Sanitation, dispensaries and jails vaccination Rajputana 1922-1927 - 1922-1927
Year: 1922
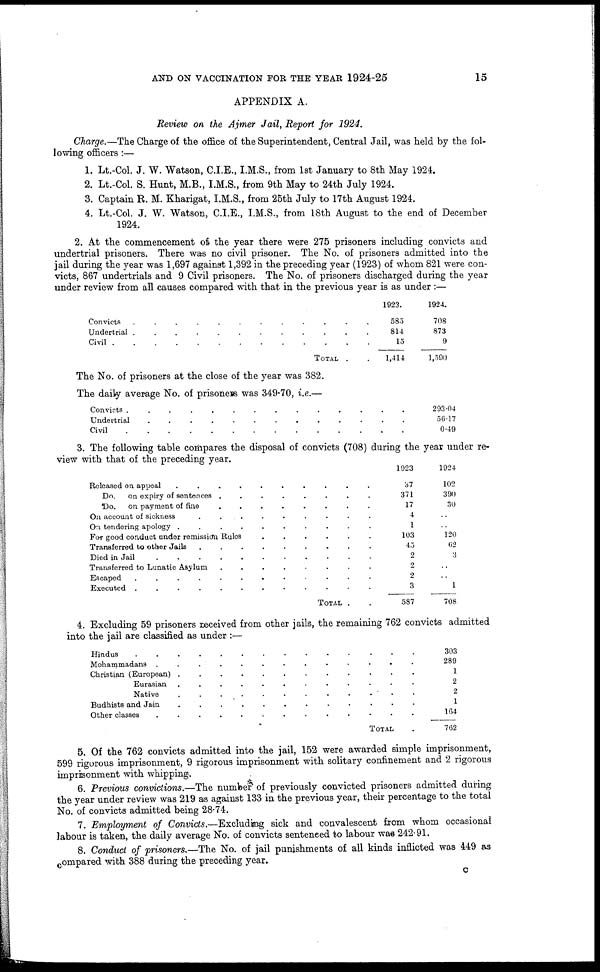
AND ON VACCINATION FOR THE YEAR 1924-25
15
APPENDIX A.
Review on the Ajmer Jail, Report for 1924.
Charge.—The Charge of the office of the Superintendent, Central Jail, was held by the fol-
lowing officers :—
1. Lt.-Col. J. W. Watson, C.I.E., I.M.S., from 1st January to 8th May 1924.
2. Lt.-Col. S. Hunt, M.B., I.M.S., from 9th May to 24th July 1924.
3. Captain R. M. Kharigat, I.M.S., from 25th July to 17th August 1924.
4. Lt.-Col. J. W. Watson, C.I.E., I.M.S., from 18th August to the end of December
1924.
2. At the commencement of the year there were 275 prisoners including convicts and
undertrial prisoners. There was no civil prisoner. The No. of prisoners admitted into the
jail during the year was 1,697 against 1,392 in the preceding year (1923) of whom 821 were con-
victs, 867 undertrials and 9 Civil prisoners. The No. of prisoners discharged during the year
under review from all causes compared with that in the previous year is as under :—
Convicts
...........
Undertrial ..........
Civil
TOTAL .
1923.
583
814
15
1,414
1924.
708
873
9
1,590
The No. of prisoners at the close of the year was 382.
The daily average No. of prisoners was 349.70, i.e.—
Convicts ...........
Undertrial
.............
Civi
293.04
56.17
0.49
3. The following table compares the disposal of convicts (708) during the year under re-
view with that of the preceding year.
Released on appeal
..........
Do.
on expiry of sentences
........
Do.
on payment of fine
........
On account of sickness
..........
0n tendering apology
..........
For good conduct under remission Rules
......
Transferred to other Jails
.........
Died in Jail
...........
Transferred to Lunatic Asylum
........
Escaped
............
Executed
............
TOTAL
..
1923
37
371
17
4
1
103
45
2
2
2
3
587
1924
102
390
30
..
..
120
62
3
..
..
1
708
4. Excluding 59 prisoners received from other jails, the remaining 762 convicts admitted
into the jail are classified as under :—
Hindus ...........
Mohammadans ...........
Christian ( European )...........
Eurasian ...........
Native ...........
Budhists and Jain ...........
Other classes ...........
TOTAL .
303
289
1
2
2
1
164
762
5. Of the 762 convicts admitted into the jail, 152 were awarded simple imprisonment,
599 rigorous imprisonment, 9 rigorous imprisonment with solitary confinement and 2 rigorous
imprisonment with whipping.
6. Previous convictions.—The number of previously convicted prisoners admitted during
the year under review was 219 as against 133 in the previous year, their percentage to the total
No. of convicts admitted being 28.74.
7. Employment of Convicts.—Excluding sick and convalescent from whom occasional
labour is taken, the daily average No. of convicts sentenced to labour was 242.91.
8. Conduct of prisoners.—The No. of jail punishments of all kinds inflicted was 449 as
compared with 388 during the preceding year.
c